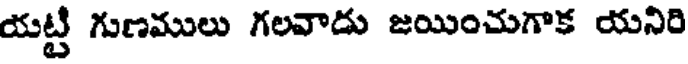
యట్టి గుణములు గలవాడు జయించుగాక యనిరి